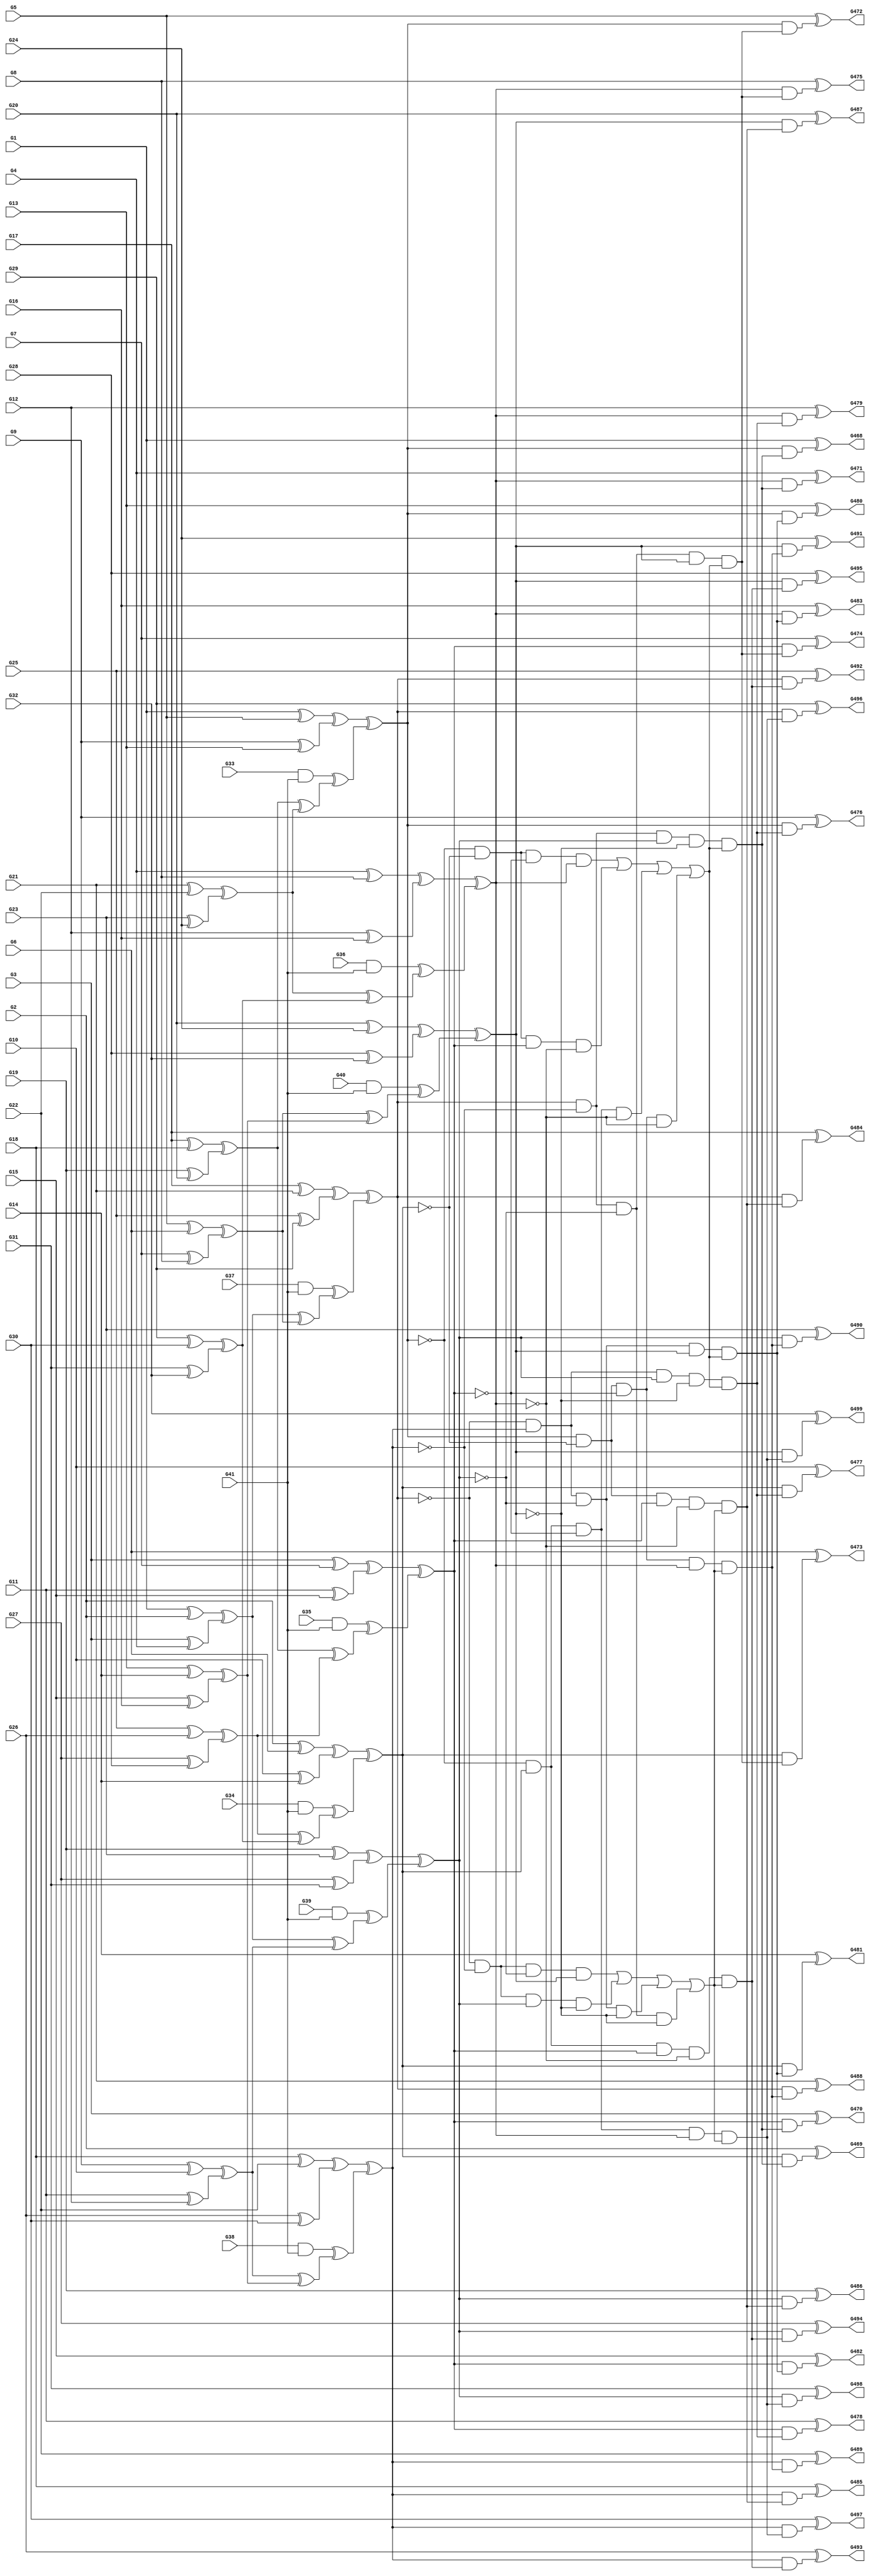
module c499(G1,G10,G11,G12,G13,G14,G15,G16,G17,G18,G19,G2,G20,G21,G22,G23,G24,
  G25,G26,G27,G28,G29,G3,G30,G31,G32,G33,G34,G35,G36,G37,G38,G39,G4,G40,G41,
  G468,G469,G470,G471,G472,G473,G474,G475,G476,G477,G478,G479,G480,G481,G482,
  G483,G484,G485,G486,G487,G488,G489,G490,G491,G492,G493,G494,G495,G496,G497,
  G498,G499,G5,G6,G7,G8,G9);
input G1,G2,G3,G4,G5,G6,G7,G8,G9,G10,G11,G12,G13,G14,G15,G16,G17,G18,G19,G20,
  G21,G22,G23,G24,G25,G26,G27,G28,G29,G30,G31,G32,G33,G34,G35,G36,G37,G38,G39,
  G40,G41;
output G468,G469,G470,G471,G472,G473,G474,G475,G476,G477,G478,G479,G480,G481,
  G482,G483,G484,G485,G486,G487,G488,G489,G490,G491,G492,G493,G494,G495,G496,
  G497,G498,G499;

  wire G146,G147,G148,G149,G150,G151,G152,G153,G154,G155,G156,G157,G158,G159,
    G160,G161,G162,G163,G164,G165,G166,G167,G168,G169,G170,G171,G172,G173,G174,
    G175,G176,G177,G178,G179,G180,G181,G182,G183,G184,G185,G186,G189,G192,G195,
    G198,G201,G204,G207,G210,G211,G212,G213,G214,G215,G216,G217,G218,G219,G220,
    G221,G222,G223,G224,G225,G226,G227,G228,G229,G230,G231,G232,G233,G234,G247,
    G260,G273,G286,G299,G312,G325,G338,G339,G340,G341,G342,G343,G344,G345,G346,
    G347,G348,G349,G350,G351,G352,G353,G354,G355,G356,G357,G358,G359,G360,G361,
    G362,G363,G364,G365,G366,G367,G368,G369,G370,G371,G372,G373,G374,G375,G376,
    G377,G378,G379,G380,G381,G382,G383,G384,G385,G386,G391,G396,G401,G406,G411,
    G416,G421,G426,G431,G436,G437,G438,G439,G440,G441,G442,G443,G444,G445,G446,
    G447,G448,G449,G450,G451,G452,G453,G454,G455,G456,G457,G458,G459,G460,G461,
    G462,G463,G464,G465,G466,G467;

  xor (G146,G1,G2);
  xor (G147,G3,G4);
  xor (G148,G5,G6);
  xor (G149,G7,G8);
  xor (G150,G9,G10);
  xor (G151,G11,G12);
  xor (G152,G13,G14);
  xor (G153,G15,G16);
  xor (G154,G17,G18);
  xor (G155,G19,G20);
  xor (G156,G21,G22);
  xor (G157,G23,G24);
  xor (G158,G25,G26);
  xor (G159,G27,G28);
  xor (G160,G29,G30);
  xor (G161,G31,G32);
  and (G162,G33,G41);
  and (G163,G34,G41);
  and (G164,G35,G41);
  and (G165,G36,G41);
  and (G166,G37,G41);
  and (G167,G38,G41);
  and (G168,G39,G41);
  and (G169,G40,G41);
  xor (G170,G1,G5);
  xor (G171,G9,G13);
  xor (G172,G2,G6);
  xor (G173,G10,G14);
  xor (G174,G3,G7);
  xor (G175,G11,G15);
  xor (G176,G4,G8);
  xor (G177,G12,G16);
  xor (G178,G17,G21);
  xor (G179,G25,G29);
  xor (G180,G18,G22);
  xor (G181,G26,G30);
  xor (G182,G19,G23);
  xor (G183,G27,G31);
  xor (G184,G20,G24);
  xor (G185,G28,G32);
  xor (G186,G146,G147);
  xor (G189,G148,G149);
  xor (G192,G150,G151);
  xor (G195,G152,G153);
  xor (G198,G154,G155);
  xor (G201,G156,G157);
  xor (G204,G158,G159);
  xor (G207,G160,G161);
  xor (G210,G170,G171);
  xor (G211,G172,G173);
  xor (G212,G174,G175);
  xor (G213,G176,G177);
  xor (G214,G178,G179);
  xor (G215,G180,G181);
  xor (G216,G182,G183);
  xor (G217,G184,G185);
  xor (G218,G186,G189);
  xor (G219,G192,G195);
  xor (G220,G186,G192);
  xor (G221,G189,G195);
  xor (G222,G198,G201);
  xor (G223,G204,G207);
  xor (G224,G198,G204);
  xor (G225,G201,G207);
  xor (G226,G162,G222);
  xor (G227,G163,G223);
  xor (G228,G164,G224);
  xor (G229,G165,G225);
  xor (G230,G166,G218);
  xor (G231,G167,G219);
  xor (G232,G168,G220);
  xor (G233,G169,G221);
  xor (G234,G210,G226);
  xor (G247,G211,G227);
  xor (G260,G212,G228);
  xor (G273,G213,G229);
  xor (G286,G214,G230);
  xor (G299,G215,G231);
  xor (G312,G216,G232);
  xor (G325,G217,G233);
  not (G338,G234);
  not (G339,G247);
  not (G340,G260);
  not (G341,G234);
  not (G342,G247);
  not (G343,G273);
  not (G344,G234);
  not (G345,G260);
  not (G346,G273);
  not (G347,G247);
  not (G348,G260);
  not (G349,G273);
  not (G350,G299);
  not (G351,G325);
  not (G352,G299);
  not (G353,G312);
  not (G354,G286);
  not (G355,G325);
  not (G356,G286);
  not (G357,G312);
  not (G358,G286);
  not (G359,G299);
  not (G360,G312);
  not (G361,G286);
  not (G362,G299);
  not (G363,G325);
  not (G364,G286);
  not (G365,G312);
  not (G366,G325);
  not (G367,G299);
  not (G368,G312);
  not (G369,G325);
  not (G370,G247);
  not (G371,G273);
  not (G372,G247);
  not (G373,G260);
  not (G374,G234);
  not (G375,G273);
  not (G376,G234);
  not (G377,G260);
  and (G378,G338,G339,G340,G273);
  and (G379,G341,G342,G260,G343);
  and (G380,G344,G247,G345,G346);
  and (G381,G234,G347,G348,G349);
  and (G382,G358,G359,G360,G325);
  and (G383,G361,G362,G312,G363);
  and (G384,G364,G299,G365,G366);
  and (G385,G286,G367,G368,G369);
  or (G386,G378,G379,G380,G381);
  or (G391,G382,G383,G384,G385);
  and (G396,G286,G350,G312,G351,G386);
  and (G401,G286,G352,G353,G325,G386);
  and (G406,G354,G299,G312,G355,G386);
  and (G411,G356,G299,G357,G325,G386);
  and (G416,G234,G370,G260,G371,G391);
  and (G421,G234,G372,G373,G273,G391);
  and (G426,G374,G247,G260,G375,G391);
  and (G431,G376,G247,G377,G273,G391);
  and (G436,G234,G396);
  and (G437,G247,G396);
  and (G438,G260,G396);
  and (G439,G273,G396);
  and (G440,G234,G401);
  and (G441,G247,G401);
  and (G442,G260,G401);
  and (G443,G273,G401);
  and (G444,G234,G406);
  and (G445,G247,G406);
  and (G446,G260,G406);
  and (G447,G273,G406);
  and (G448,G234,G411);
  and (G449,G247,G411);
  and (G450,G260,G411);
  and (G451,G273,G411);
  and (G452,G286,G416);
  and (G453,G299,G416);
  and (G454,G312,G416);
  and (G455,G325,G416);
  and (G456,G286,G421);
  and (G457,G299,G421);
  and (G458,G312,G421);
  and (G459,G325,G421);
  and (G460,G286,G426);
  and (G461,G299,G426);
  and (G462,G312,G426);
  and (G463,G325,G426);
  and (G464,G286,G431);
  and (G465,G299,G431);
  and (G466,G312,G431);
  and (G467,G325,G431);
  xor (G468,G1,G436);
  xor (G469,G2,G437);
  xor (G470,G3,G438);
  xor (G471,G4,G439);
  xor (G472,G5,G440);
  xor (G473,G6,G441);
  xor (G474,G7,G442);
  xor (G475,G8,G443);
  xor (G476,G9,G444);
  xor (G477,G10,G445);
  xor (G478,G11,G446);
  xor (G479,G12,G447);
  xor (G480,G13,G448);
  xor (G481,G14,G449);
  xor (G482,G15,G450);
  xor (G483,G16,G451);
  xor (G484,G17,G452);
  xor (G485,G18,G453);
  xor (G486,G19,G454);
  xor (G487,G20,G455);
  xor (G488,G21,G456);
  xor (G489,G22,G457);
  xor (G490,G23,G458);
  xor (G491,G24,G459);
  xor (G492,G25,G460);
  xor (G493,G26,G461);
  xor (G494,G27,G462);
  xor (G495,G28,G463);
  xor (G496,G29,G464);
  xor (G497,G30,G465);
  xor (G498,G31,G466);
  xor (G499,G32,G467);

endmodule